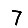
Digit: 7